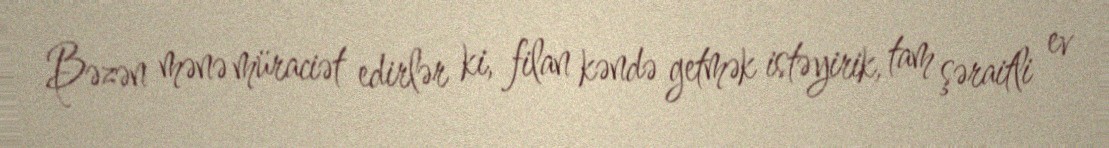
Bəzən mənə müraciət edirlər ki, filan kəndə getmək istəyirik, tam şəraitli ev